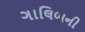
ગાલિબની